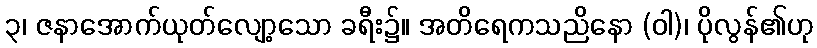
၃၊ ဇနာအောက်ယုတ်လျော့သော ခရီး၌။ အတိရေကသညိနော (ဝါ)၊ ပိုလွန်၏ဟု